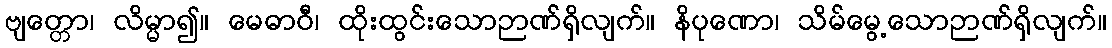
ဗျတ္တော၊ လိမ္မာ၍။ မေဓာဝီ၊ ထိုးထွင်းသောဉာဏ်ရှိလျက်။ နိပုဏော၊ သိမ်မွေ့သောဉာဏ်ရှိလျက်။